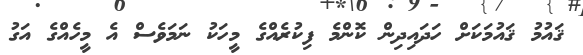
ޤައުމު ޤައުމަކަށް ހަދައިދިން ކޮންމެ ފިކުރެއްގެ މީހަކު ނަމަވެސް އެ މީހެއްގެ އަގު